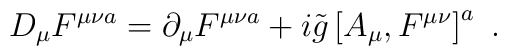
D_{\mu}F^{\mu \nu a}=\partial_{\mu}F^{\mu \nu a}+i\tilde{g}\left[A_{\mu},F^{\mu \nu}\right]^a\ .